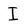
Character: I